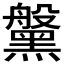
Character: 𪒀